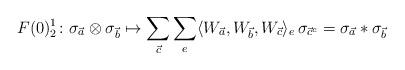
LaTeX: \begin{align*}F(0)_2^1 \colon \sigma_{\vec{a}} \otimes \sigma_{\vec{b}} \mapsto \sum_{\vec{c}} \sum_e \langle W_{\vec{a}},W_{\vec{b}},W_{\vec{c}} \rangle_e \, \sigma_{\vec{c}^c} = \sigma_{\vec{a}} * \sigma_{\vec{b}}\end{align*}